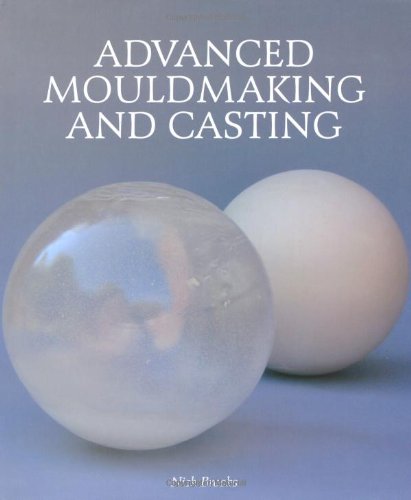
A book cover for Advanced Mouldmaking and Casting; Nick Brooks; Crafts, Hobbies & Home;